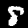
Label: 8